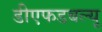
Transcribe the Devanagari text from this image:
डीएफडबल्‍यू